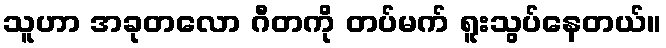
သူဟာ အခုတလော ဂီတကို တပ်မက် ရူးသွပ်နေတယ်။